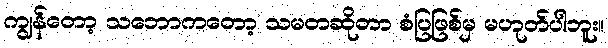
ကျွန်တော့ သဘောကတော့ သမတဆိုတာ စံပြဖြစ်မှ မဟုတ်ပါဘူး။